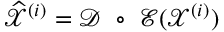
\widehat { \mathcal X } ^ { ( i ) } = \mathcal D ~ \circ ~ \mathcal E ( \mathcal X ^ { ( i ) } )